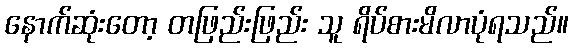
နောက်ဆုံးတော့ တဖြည်းဖြည်း သူ ရိပ်စားမိလာပုံရသည်။